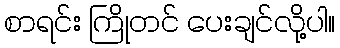
စာရင်း ကြိုတင် ပေးချင်လို့ပါ။